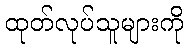
ထုတ်လုပ်သူများကို